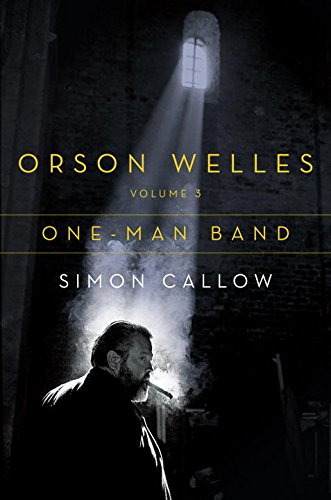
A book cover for Orson Welles, Volume 3: One-Man Band; Simon Callow; Humor & Entertainment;